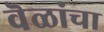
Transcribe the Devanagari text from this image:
वॆळांचा